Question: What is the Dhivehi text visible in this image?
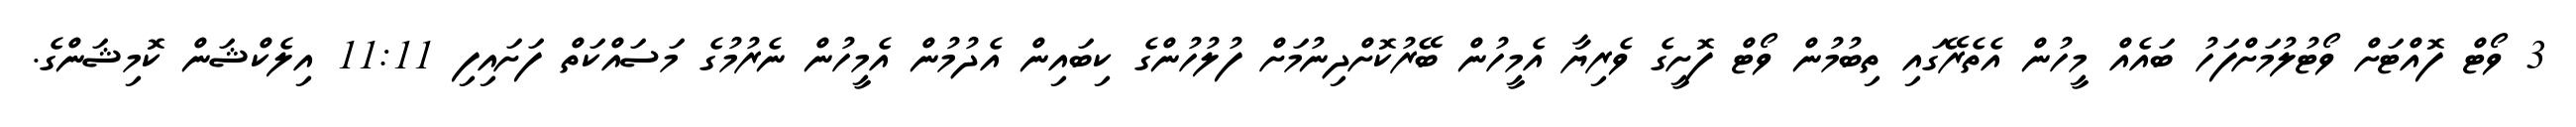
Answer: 3 ވޯޓް ފޮއްޓަށް ވޯޓުލުމަށްފަހު ބައެއް މީހުން އެތެރޭގައި ތިބުމުން ވޯޓް ފޮށީގެ ވެރިޔާ އެމީހުން ބޭރުކޮށްދިނުމަށް ފުލުހުންގެ ކިބައިން އެދުމުން އެމީހުން ނެރުމުގެ މަސައްކަތް ފަށައިފި 11:11 އިލެކްޝަން ކޮމިޝަންގެ.